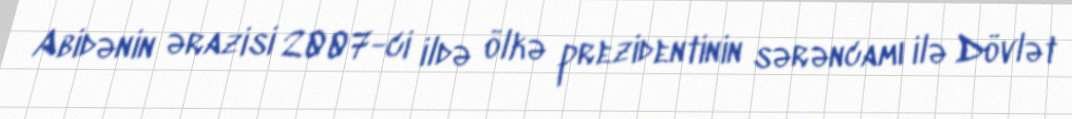
Abidənin ərazisi 2007-ci ildə ölkə prezidentinin sərəncamı ilə Dövlət